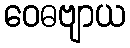
ဝေဓဗျာယ